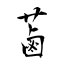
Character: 蓾